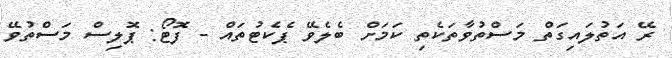
ރޭ އަތުލައިގަތް މަސްތުވާތަކެތި ކަމަށް ބެލެވޭ ޕެކެޓުތައް - ފޮޓޯ: ޕޮލިސް މަސްތުވޭ